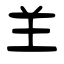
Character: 𦍌